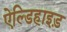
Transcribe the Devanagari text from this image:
ऐल्डिहाइड़